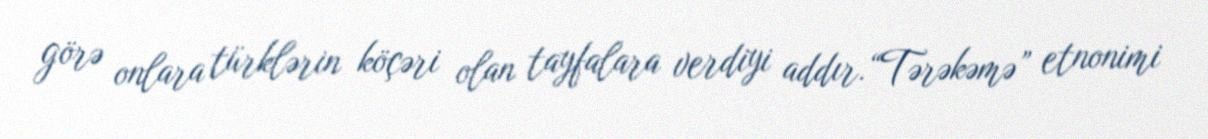
görə onlara türklərin köçəri olan tayfalara verdiyi addır.“Tərəkəmə” etnonimi